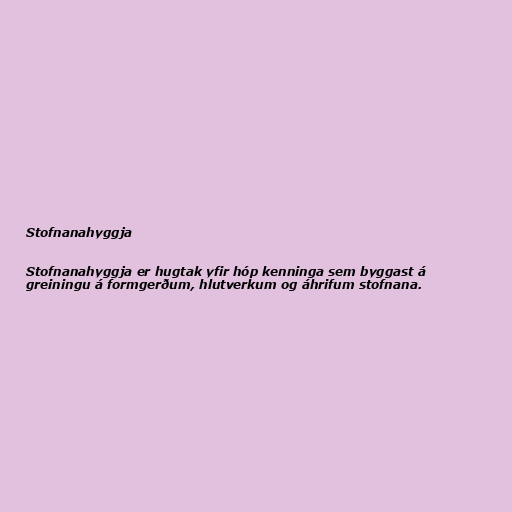
Stofnanahyggja

Stofnanahyggja er hugtak yfir hóp kenninga sem byggast á
greiningu á formgerðum, hlutverkum og áhrifum stofnana.